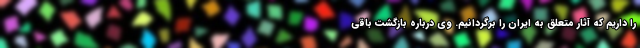
را داریم که آثار متعلق به ایران را برگردانیم. وی درباره بازگشت باقی